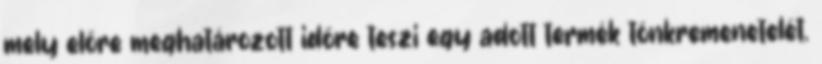
mely előre meghatározott időre teszi egy adott termék tönkremenetelét.